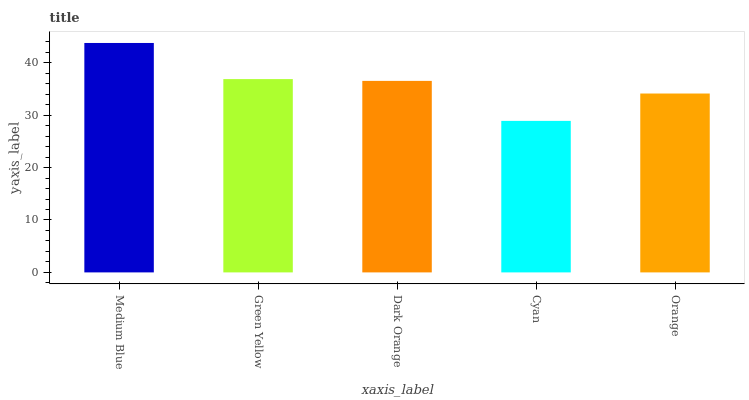
| xaxis_label | bars |
 | --- | --- |
 | Medium Blue | 43.8 |
 | Green Yellow | 36.9 |
 | Dark Orange | 36.5 |
 | Cyan | 28.9 |
 | Orange | 34.1 |